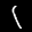
Label: 1